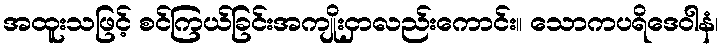
အထူးသဖြင့် စင်ကြယ်ခြင်းအကျိုးငှာလည်းကောင်း။ သောကပရိဒေဝါနံ၊